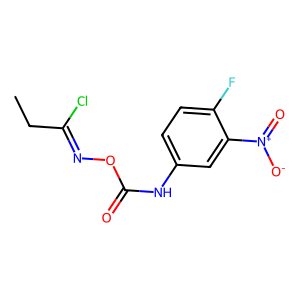
SMILES: CCC(Cl)=NOC(=O)Nc1ccc(F)c([N+](=O)[O-])c1
Inhibits HIV replication: No